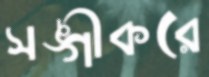
সঙ্গীকরে